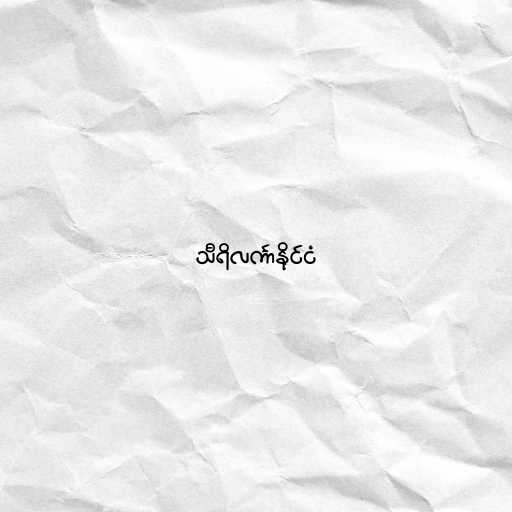
သီရိလင်္ကာနိုင်ငံ